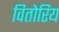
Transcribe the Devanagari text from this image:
वितोरिय